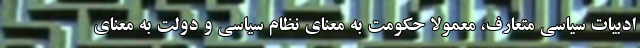
ادبیات سیاسی متعارف، معمولا حکومت به معنای نظام سیاسی و دولت به معنای